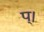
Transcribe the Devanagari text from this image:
प्।